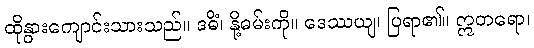
ထိုနွားကျောင်းသားသည်။ ဒဓိံ၊ နို့ဓမ်းကို။ ဒေဿယျ၊ ပြရာ၏။ ဣတရော၊